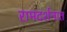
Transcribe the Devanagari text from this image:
रामदर्शनात